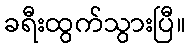
ခရီးထွက်သွားပြီ။